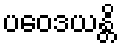
ပဝေဒယန္တိ